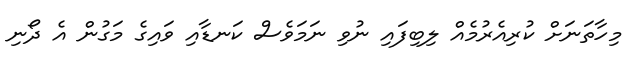
މިހާތަނަށް ކުރިއެރުމެއް ލިބިފައި ނުވި ނަމަވެސް ކަނޑާއި ވައިގެ މަގުން އެ ދޯނި